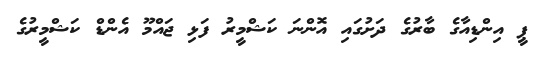
ޕީ އިންޑިއާގެ ބާރުގެ ދަށުގައި އޮންނަ ކަޝްމީރު ފަޅި ޖައްމޫ އެންޑް ކަޝްމީރުގެ